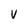
Character: V